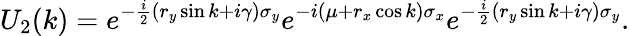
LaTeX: U_{2}(k)=e^{-\frac{i}{2}(r_{y}\sin k+i\gamma)\sigma_{y}}e^{-i(\mu+r_{x}\cos k)\sigma_{x}}e^{-\frac{i}{2}(r_{y}\sin k+i\gamma)\sigma_{y}}.